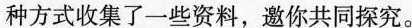
种方式收集了一些资料，邀你共同探究。